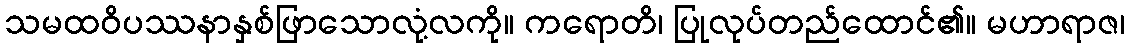
သမထဝိပဿနာနှစ်ဖြာသောလုံ့လကို။ ကရောတိ၊ ပြုလုပ်တည်ထောင်၏။ မဟာရာဇ၊